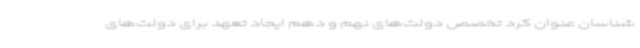
شناسان عنوان کرد تخصص دولت‌های نهم و دهم ایجاد تعهد برای دولت‌های